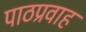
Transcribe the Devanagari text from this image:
पाठप्रवाह